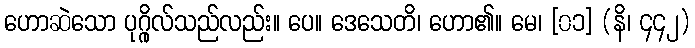
ဟောဆဲသော ပုဂ္ဂိုလ်သည်လည်း။ ပေ။ ဒေသေတိ၊ ဟော၏။ မေ၊ [၀၁] (နိ၊ ၄၄၂)